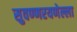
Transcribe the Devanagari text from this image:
सुवण्णरयणेल्ला